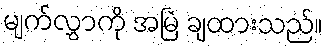
မျက်လွှာကို အမြဲ ချထားသည်။